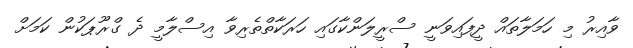
ވާއިރު މި ހަމަލާތައް ދީފައިވަނީ ސްރީލަންކާގައި ހަރަކާތްތެރިވާ އިސްލާމީ ދެ ގްރޫޕަކުން ކަމަށް